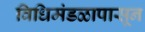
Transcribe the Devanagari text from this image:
विधिमंडळापासून